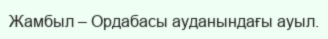
Жамбыл – Ордабасы ауданындағы ауыл.